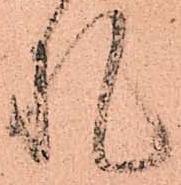
札